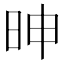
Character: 𰕼